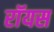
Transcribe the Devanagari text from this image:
राॅयस